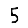
Digit: 5